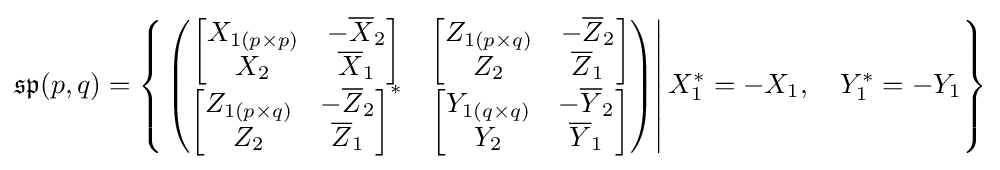
{\mathfrak {sp}}(p,q)=\left\{\left.{\begin{pmatrix}{\begin{bmatrix}X_{1(p\times p)}&-{\overline {X}}_{2}\\X_{2}&{\overline {X}}_{1}\end{bmatrix}}&{\begin{bmatrix}Z_{1(p\times q)}&-{\overline {Z}}_{2}\\Z_{2}&{\overline {Z}}_{1}\end{bmatrix}}\\{\begin{bmatrix}Z_{1(p\times q)}&-{\overline {Z}}_{2}\\Z_{2}&{\overline {Z}}_{1}\end{bmatrix}}^{*}&{\begin{bmatrix}Y_{1(q\times q)}&-{\overline {Y}}_{2}\\Y_{2}&{\overline {Y}}_{1}\end{bmatrix}}\end{pmatrix}}\right|X_{1}^{*}=-X_{1},\quad Y_{1}^{*}=-Y_{1}\right\}